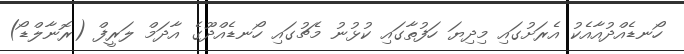
ހޯނޑެއްދުއާއެކު އެރަށުގައި މިދިޔަ ހަފުތާގައި ކުޅުނު މެޗުގައި ހޯނޑެއްދޫގެ އާދަމް ލަރީފް (ރޮނާލްޑޯ)